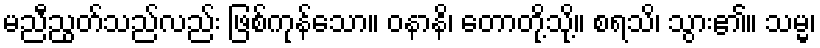
မညီညွတ်သည်လည်း ဖြစ်ကုန်သော။ ဝနာနိ၊ တောတို့သို့။ စရသိ၊ သွား၏။ သမ္မ၊